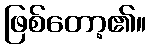
ဖြစ်တော့၏။